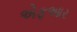
એફઆર